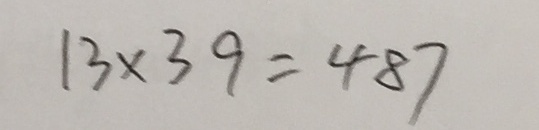
1 3 \times 3 9 = 4 8 7